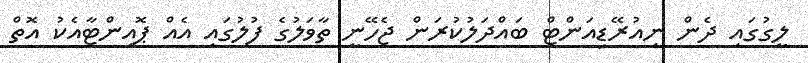
ލީގުގައި ދެން ނިއުރޭޑިއަންޓް ބައްދަލުކުރަން ޖެހޭނީ ތާވަލުގެ ފުލުގައި އެއް ޕޮއިންޓާއެކު އޮތް